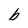
Character: b